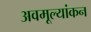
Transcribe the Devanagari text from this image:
अवमूल्यांकन